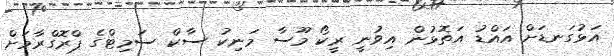
އަޅުގަނޑަށް އައްޑު އަތޮޅުން އިވުނީ ރީކޯ މޫސާ މަނިކު ސާކް ސަމިޓްގެ ޕްރޮގްރާމަށް